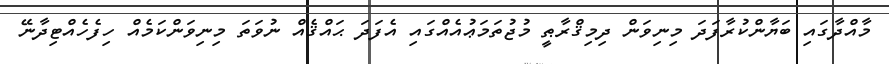
މާއްދާގައި ބަޔާންކުރާފަދަ މިނިވަން ދިމިޤްރާޠީ މުޖުތަމަޢުއެއްގައި އެފަދަ ޙައްޤެއް ނުވަތަ މިނިވަންކަމެއް ހިފެހެއްޓިދާނޭ